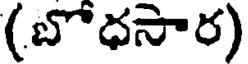
(బొధసార)